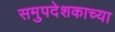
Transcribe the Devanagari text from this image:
समुपदेशकाच्या